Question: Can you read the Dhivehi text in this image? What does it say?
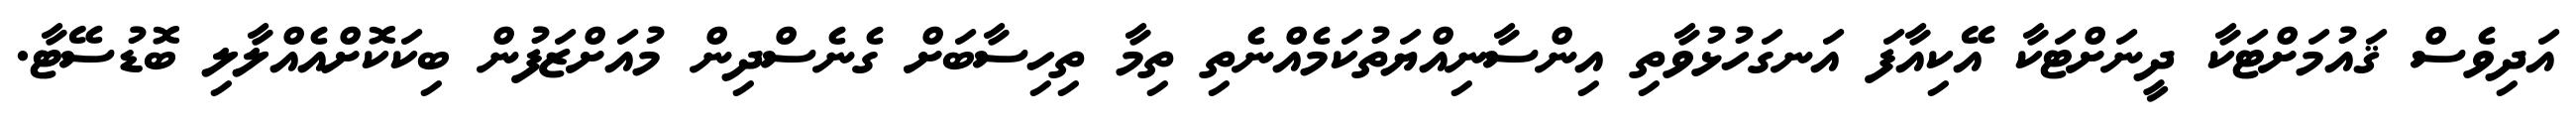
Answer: އަދިވެސް ޤައުމަށްޓަކާ ދީނަށްޓަކާ އޭކިއާފަ އަނގަހުޅުވާތި އިންސާނިއްޔަތުކަމެއްނެތި ތިމާ ތިހިސާބަށް ގެނެސްދިން މުއަށްޒަފުން ބިކަކޮށްއެއްލާލި ބޮޑުސޭޓާ.